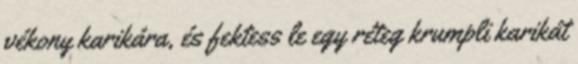
vékony karikára, és fektess le egy réteg krumpli karikát